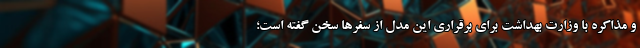
و مذاکره با وزارت بهداشت برای برقراری این مدل از سفرها سخن گفته است؛